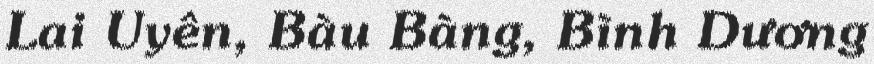
Lai Uyên, Bàu Bàng, Bình Dương